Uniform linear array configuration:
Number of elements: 32
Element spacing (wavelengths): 0.75
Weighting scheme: exponential
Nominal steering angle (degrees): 15
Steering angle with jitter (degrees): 13.077
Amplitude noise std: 0.05
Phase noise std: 0.05

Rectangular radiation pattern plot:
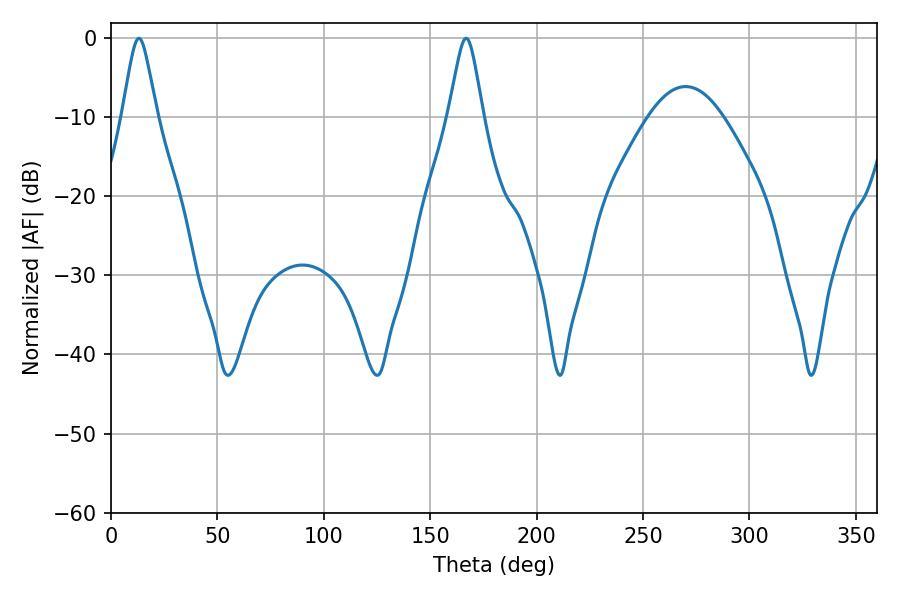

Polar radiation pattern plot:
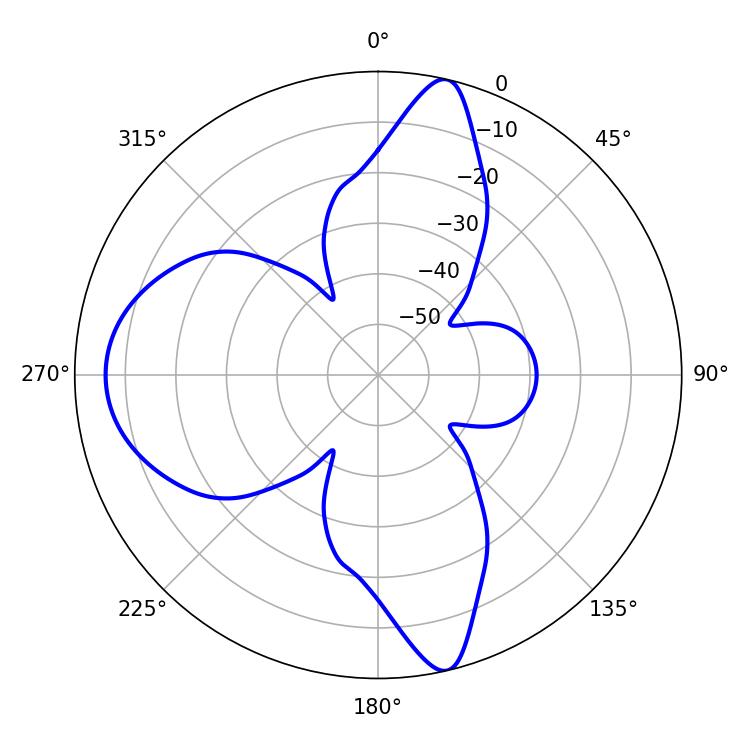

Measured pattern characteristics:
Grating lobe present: TRUE
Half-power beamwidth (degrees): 7.74
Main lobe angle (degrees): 13.14